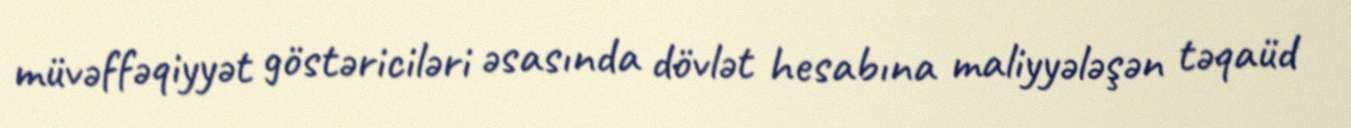
müvəffəqiyyət göstəriciləri əsasında dövlət hesabına maliyyələşən təqaüd